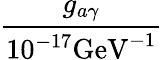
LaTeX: \frac{g_{a\gamma}}{10^{-17}\textrm{GeV}^{-1}}